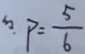
\therefore P = \frac { 5 } { 6 }